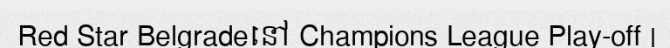
Red Star Belgradeនៅ Champions League Play-off |